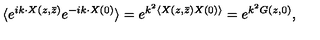
\langle e ^ { i k \cdot X ( z , \bar { z } ) } e ^ { - i k \cdot X ( 0 ) } \rangle = e ^ { k ^ { 2 } \langle X ( z , \bar { z } ) X ( 0 ) \rangle } = e ^ { k ^ { 2 } G ( z , 0 ) } ,